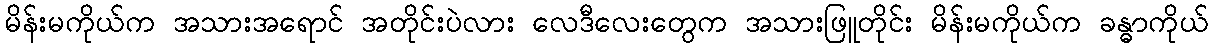
မိန်းမကိုယ်က အသားအရောင် အတိုင်းပဲလား လေဒီလေးတွေက အသားဖြူတိုင်း မိန်းမကိုယ်က ခန္ဓာကိုယ်